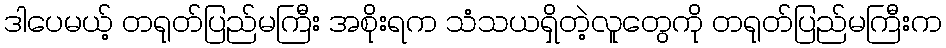
ဒါပေမယ့် တရုတ်ပြည်မကြီး အစိုးရက သံသယရှိတဲ့လူတွေကို တရုတ်ပြည်မကြီးက